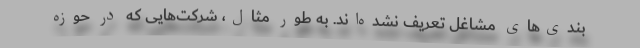
بندی‌های مشاغل تعریف نشده‌اند. به طور مثال، شرکت‌هایی که در حوزه